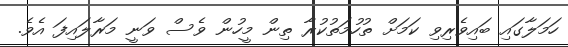
ހަމަލާގައި ބައިވެރިވި ކަމަށް ތުހުމަތުކުރާ ތިން މީހުން ވެސް ވަނީ މަރާލައިފަ އެވެ.